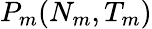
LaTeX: P_{m}(N_{m},T_{m})